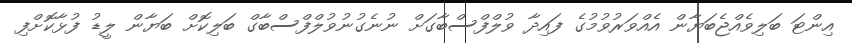
އިންޓަ ބަލިވެއްޖެބަޔާން އެއްވަރުވުމުގެ ފައިދާ ވުލްފްސްބާގަށް ނުނެގުނުވުލްފްސްބާގް ބަލިކޮށް ބަޔާން ލީޑު ފުޅާކޮށްފި